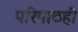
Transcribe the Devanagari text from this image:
परिपाठही